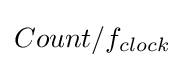
{\textstyle Count/f_{clock}}